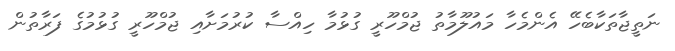
ނަތީޖާތަކާބެހޭ އެންމެހާ މައުލޫމާތު ޖުމްހޫރީ ގުޅުމާ ހިއްސާ ކުރުމަށާއި ޖުމްހޫރީ ގުޅުމުގެ ފަރާތުން